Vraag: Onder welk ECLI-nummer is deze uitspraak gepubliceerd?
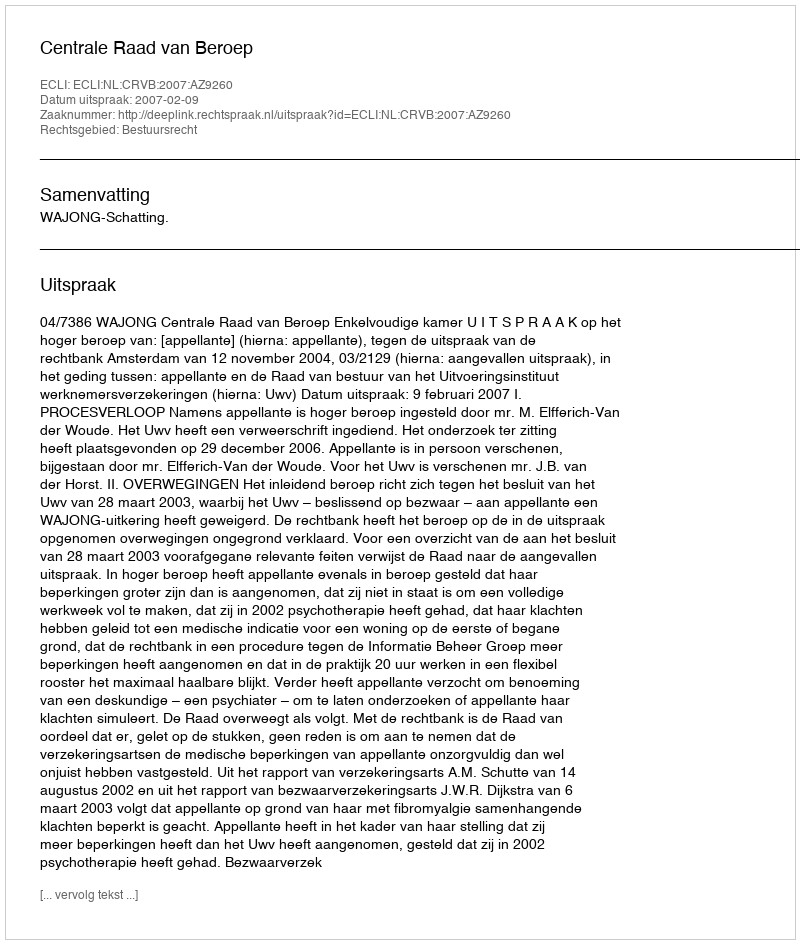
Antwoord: ECLI:NL:CRVB:2007:AZ9260